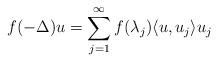
LaTeX: \begin{align*}f(-\Delta)u = \sum_{j=1}^{\infty}f(\lambda_{j})\langle u,u_{j} \rangle u_{j}\end{align*}